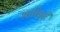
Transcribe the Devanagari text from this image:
भाविनी